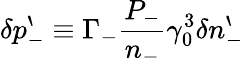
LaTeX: \delta p_{-}^{\backprime}\equiv\Gamma_{-}\frac{P_{-}}{n_{-}}\gamma_{0}^{3}\delta n_{-}^{\backprime}